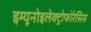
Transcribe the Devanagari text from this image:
इम्यूनोइलेक्ट्रोफोरेसिस